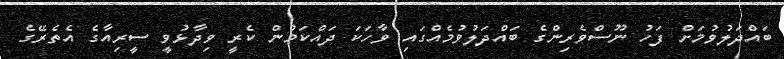
ބައްދަލުވުމަށް ފަހު ނޫސްވެރިންގެ ބައްދަލުވުމެއްގައި ވާހަކަ ދައްކަމުން ކެރީ ވިދާޅުވީ ސީރިއާގެ އެތެރޭގެ